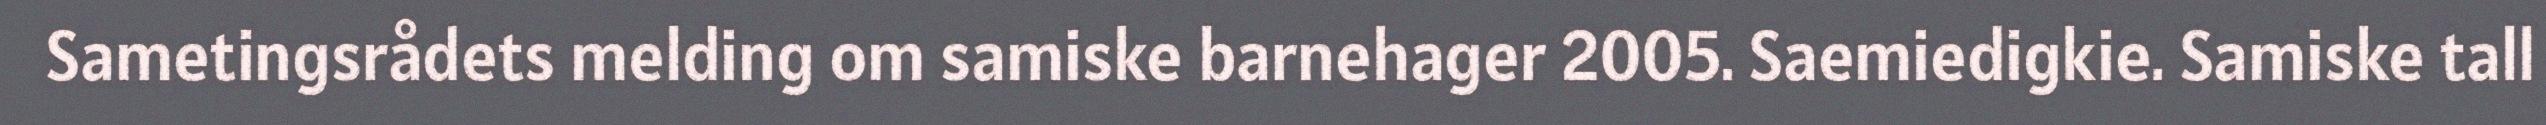
Sametingsrådets melding om samiske barnehager 2005. Saemiedigkie. Samiske tall